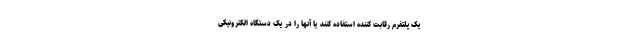
یک پلتفرم رقابت کننده استفاده کنند یا آنها را در یک دستگاه الکترونیکی